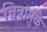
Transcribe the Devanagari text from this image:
चित्रांमुळे